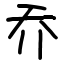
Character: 乔